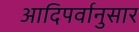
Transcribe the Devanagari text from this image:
आदिपर्वानुसार